Report on vaccination in Madras 1904-1921 - 1904-1921
Year: 1904
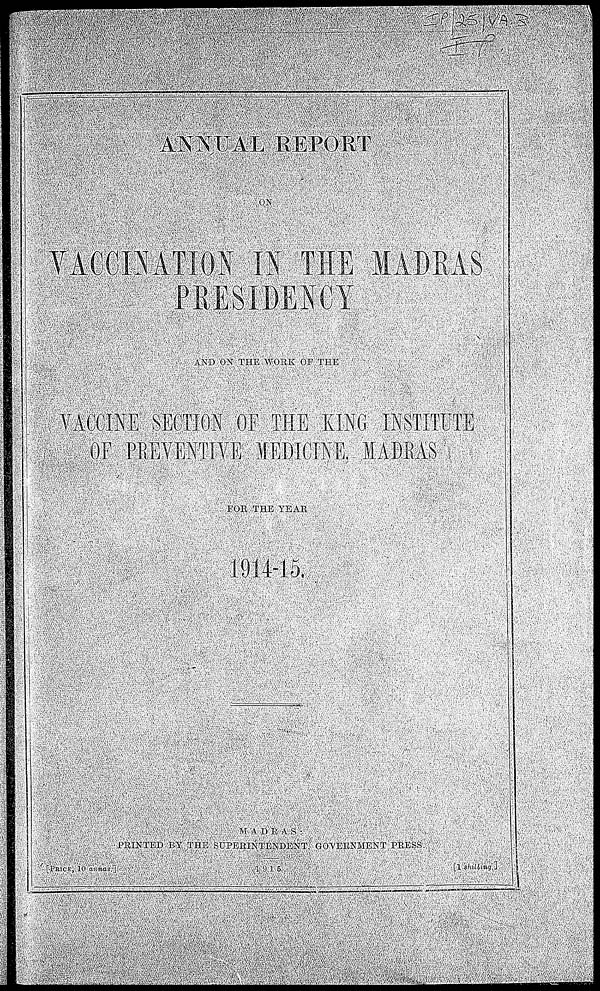
ANNUAL REPORT
ON
VACCINATON IN THE MADRAS
PRESIDENCY
AND ON THE WORK OF THE
VACCINE SECTION OF THE KING INSTITUTE
OF PERVENTIVE MEDICINE. MADRAS
FOR THE YEAR
1914-15.
MADRAS :
PRINTED BY THE SUPERINTENDENT, GOVERNMENT PRESS.
[PRICE. 10 annas.]
1915.
[1 shilling.]